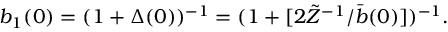
b _ { 1 } ( 0 ) = ( 1 + \Delta ( 0 ) ) ^ { - 1 } = ( 1 + [ 2 \tilde { Z } ^ { - 1 } / \bar { b } ( 0 ) ] ) ^ { - 1 } .